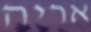
אריה